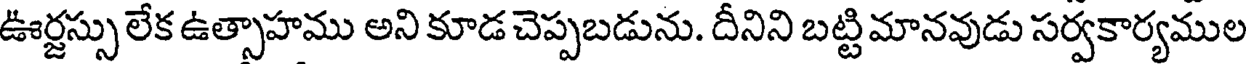
ఊర్జస్సు లేక ఉత్సాహము అని కూడ చెప్పబడును. దీనిని బట్టి మానవుడు సర్వకార్యముల